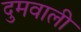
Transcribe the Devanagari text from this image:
दुमवाली